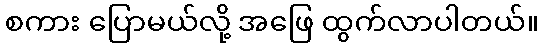
စကား ပြောမယ်လို့ အဖြေ ထွက်လာပါတယ်။